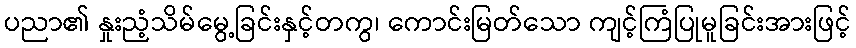
ပညာ၏ နှုးညံ့သိမ်မွေ့ခြင်းနှင့်တကွ၊ ကောင်းမြတ်သော ကျင့်ကြံပြုမူခြင်းအားဖြင့်